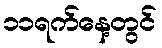
၁၁ရက်နေ့တွင်